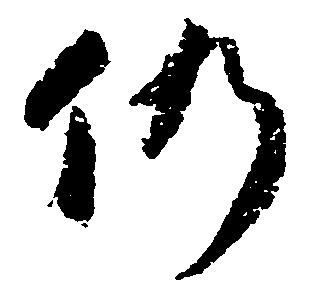
仍